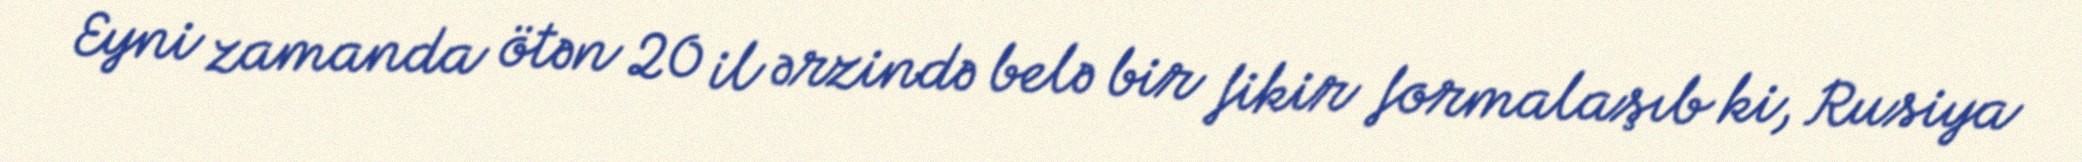
Eyni zamanda ötən 20 il ərzində belə bir fikir formalaşıb ki, Rusiya